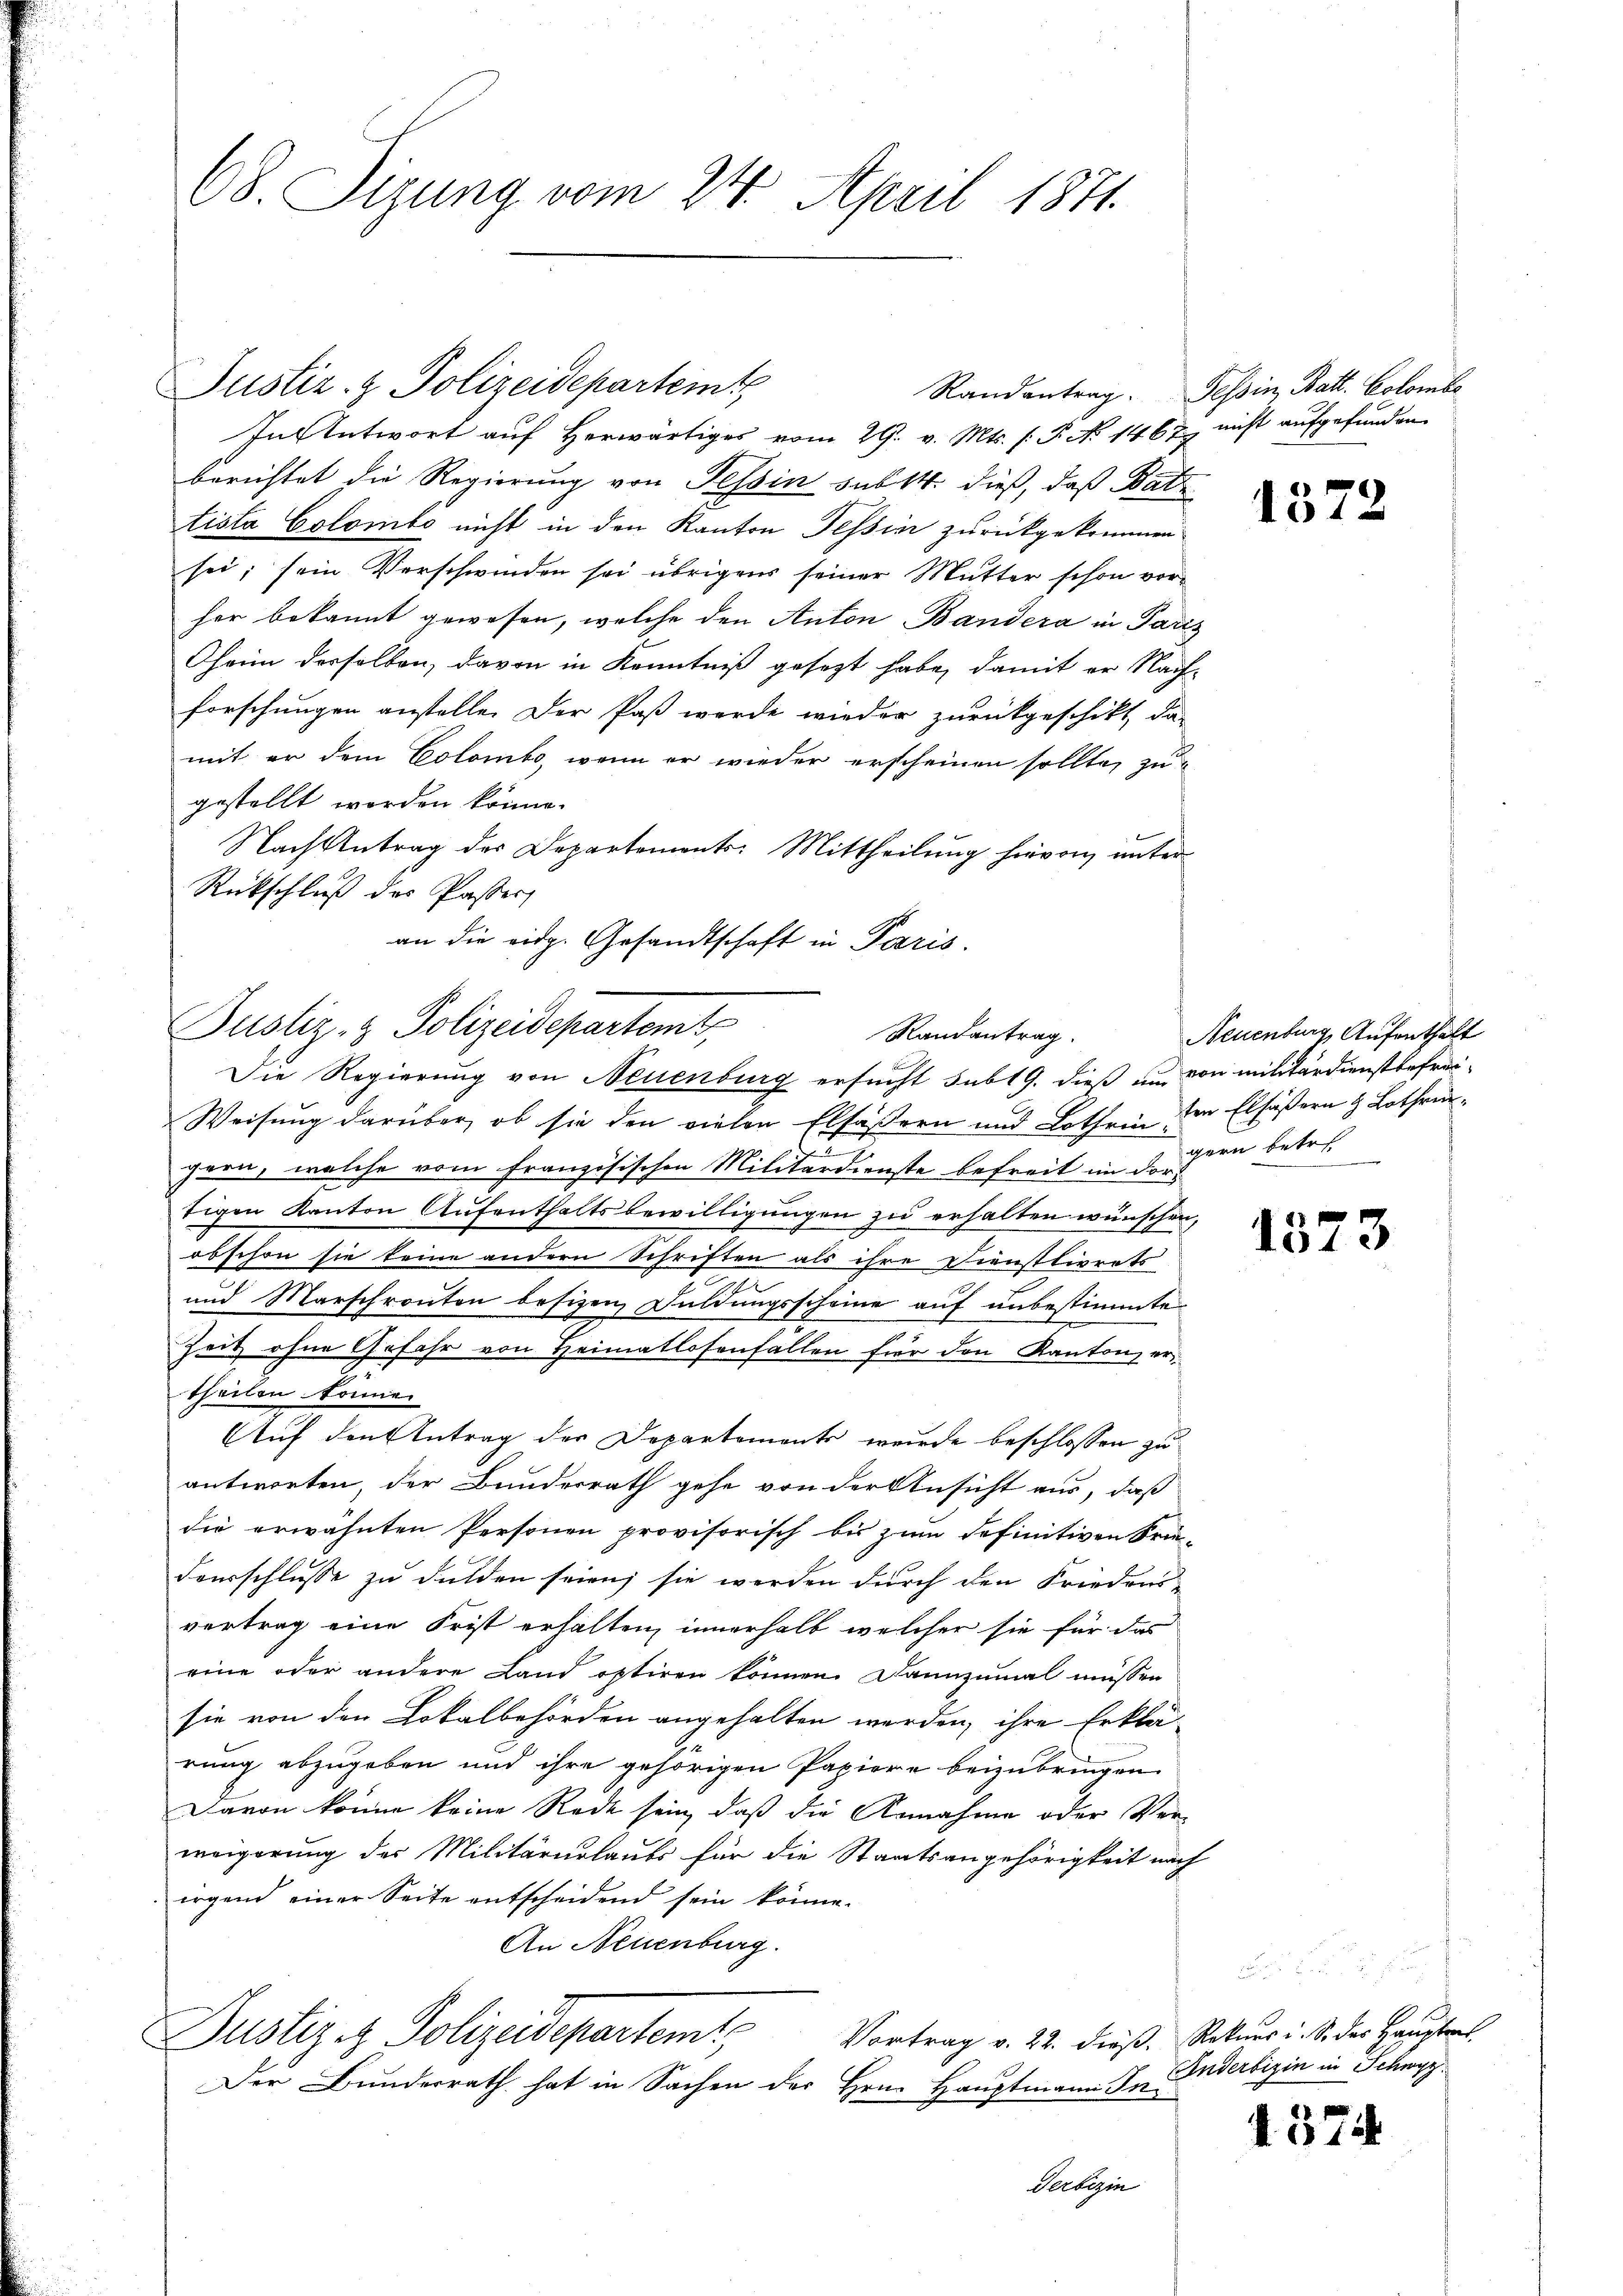
68. Sirung vom 24. April 1871.

In Antwort auf herwärtiges vom 29. v. Mts. f. P. No 1467 nicht aufgefunden
berichtet die Regierung von Tessin sub 14. dieß, daß Batz
tista Colombo nicht in den Kanton Tessin zurückgekommen
sei; sein Verschwinden sei übrigens seiner Mutter schon vor-
her bekannt gewesen, welche den Anton Bandera in Paris
Cheim derselben, davon in Kenntniß gesezt habe, damit er Nachforschungen anstelle. Der Paß werde wieder zurückgeschikt, das
mit er dem Colombo, wenn er wieder erscheinen sollte, zu
gestellt worden könne.
Nach Antrag des Departements: Mittheilung hievon unter
Rückschluß der Passer
an die eidg. Gesandtschaft in Paris.
Weisung darüber, ob sie den vielen Elfäßern und Lothrin, der Elfäßern & Lothreugern, welche vom französischen Militärdienste befreit im dortigen Kanton Aufenthaltsbewilligungen zu erhalten wünschen,
obschon sie keine andern Schriften als ihre Dienstlivrats
1
und Marschronten besizen Duldungsscheine auf unbestimmte
Zeit ohne Gefahr von Heimatlosenfällen für den Kanton, ertheilen könne.
Auf den Antrag der Departements wurde beschlossen zu
antworten, der Bundesrath gehe von der Ansicht aus, daß
die erwähnten Personen provisorisch bis zum definitiven Krie-
Dausschlusse zu dulden seien; sie werden durch den Frieden
vertrag eine Frist erhalten, innerhalb welcher sie für das
eine oder andere Land optiren können. Dannzumal müssen
sie von den Lokalbehörden angehalten werden, ihre Erklä-
rung abzugeben und ihre gehörigen Papiere beizubringen.
Davon könne keine Rede sein, daß die Annahme oder Verweigerung des Militärurlaubs für die Staatsangehörigkeit nach
irgend einer Seite entscheidend sein könne.
An Neuenburg.
Justiz- & Polizeidepartemt
Vortrag v. 22. dieß. Rekurs i. S. des Hauptres
Der Bunderrath hat in Sachen der Hrn. Hauptmann In¬
Gerbezin

Justiz- & Polizeidepartem

Justiz- & Polizeidepartemt,
Randantrag.
Die Regierung von Neuenburg ersucht subt 9. dieß an von militärdienstbefrei¬

Randantrag. Tessin, Batt. Colombe

1372

Neuenburg, Aufenthalt
gern betr.

1373

Anderbizin in Schwyz.

d.374